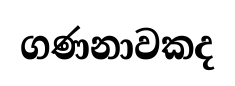
ගණනාවකද